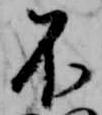
不